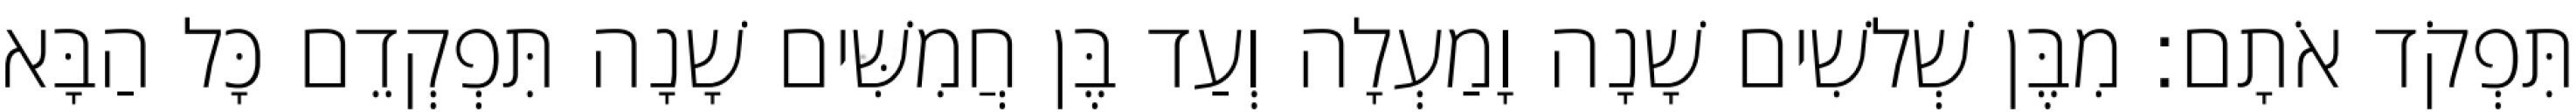
תִּפְקֹד אֹתָם׃ מִבֶּן שְׁלשִׁים שָׁנָה וָמַעְלָה וְעַד בֶּן חֲמִשִּׁים שָׁנָה תִּפְקְדֵם כָּל הַבָּא